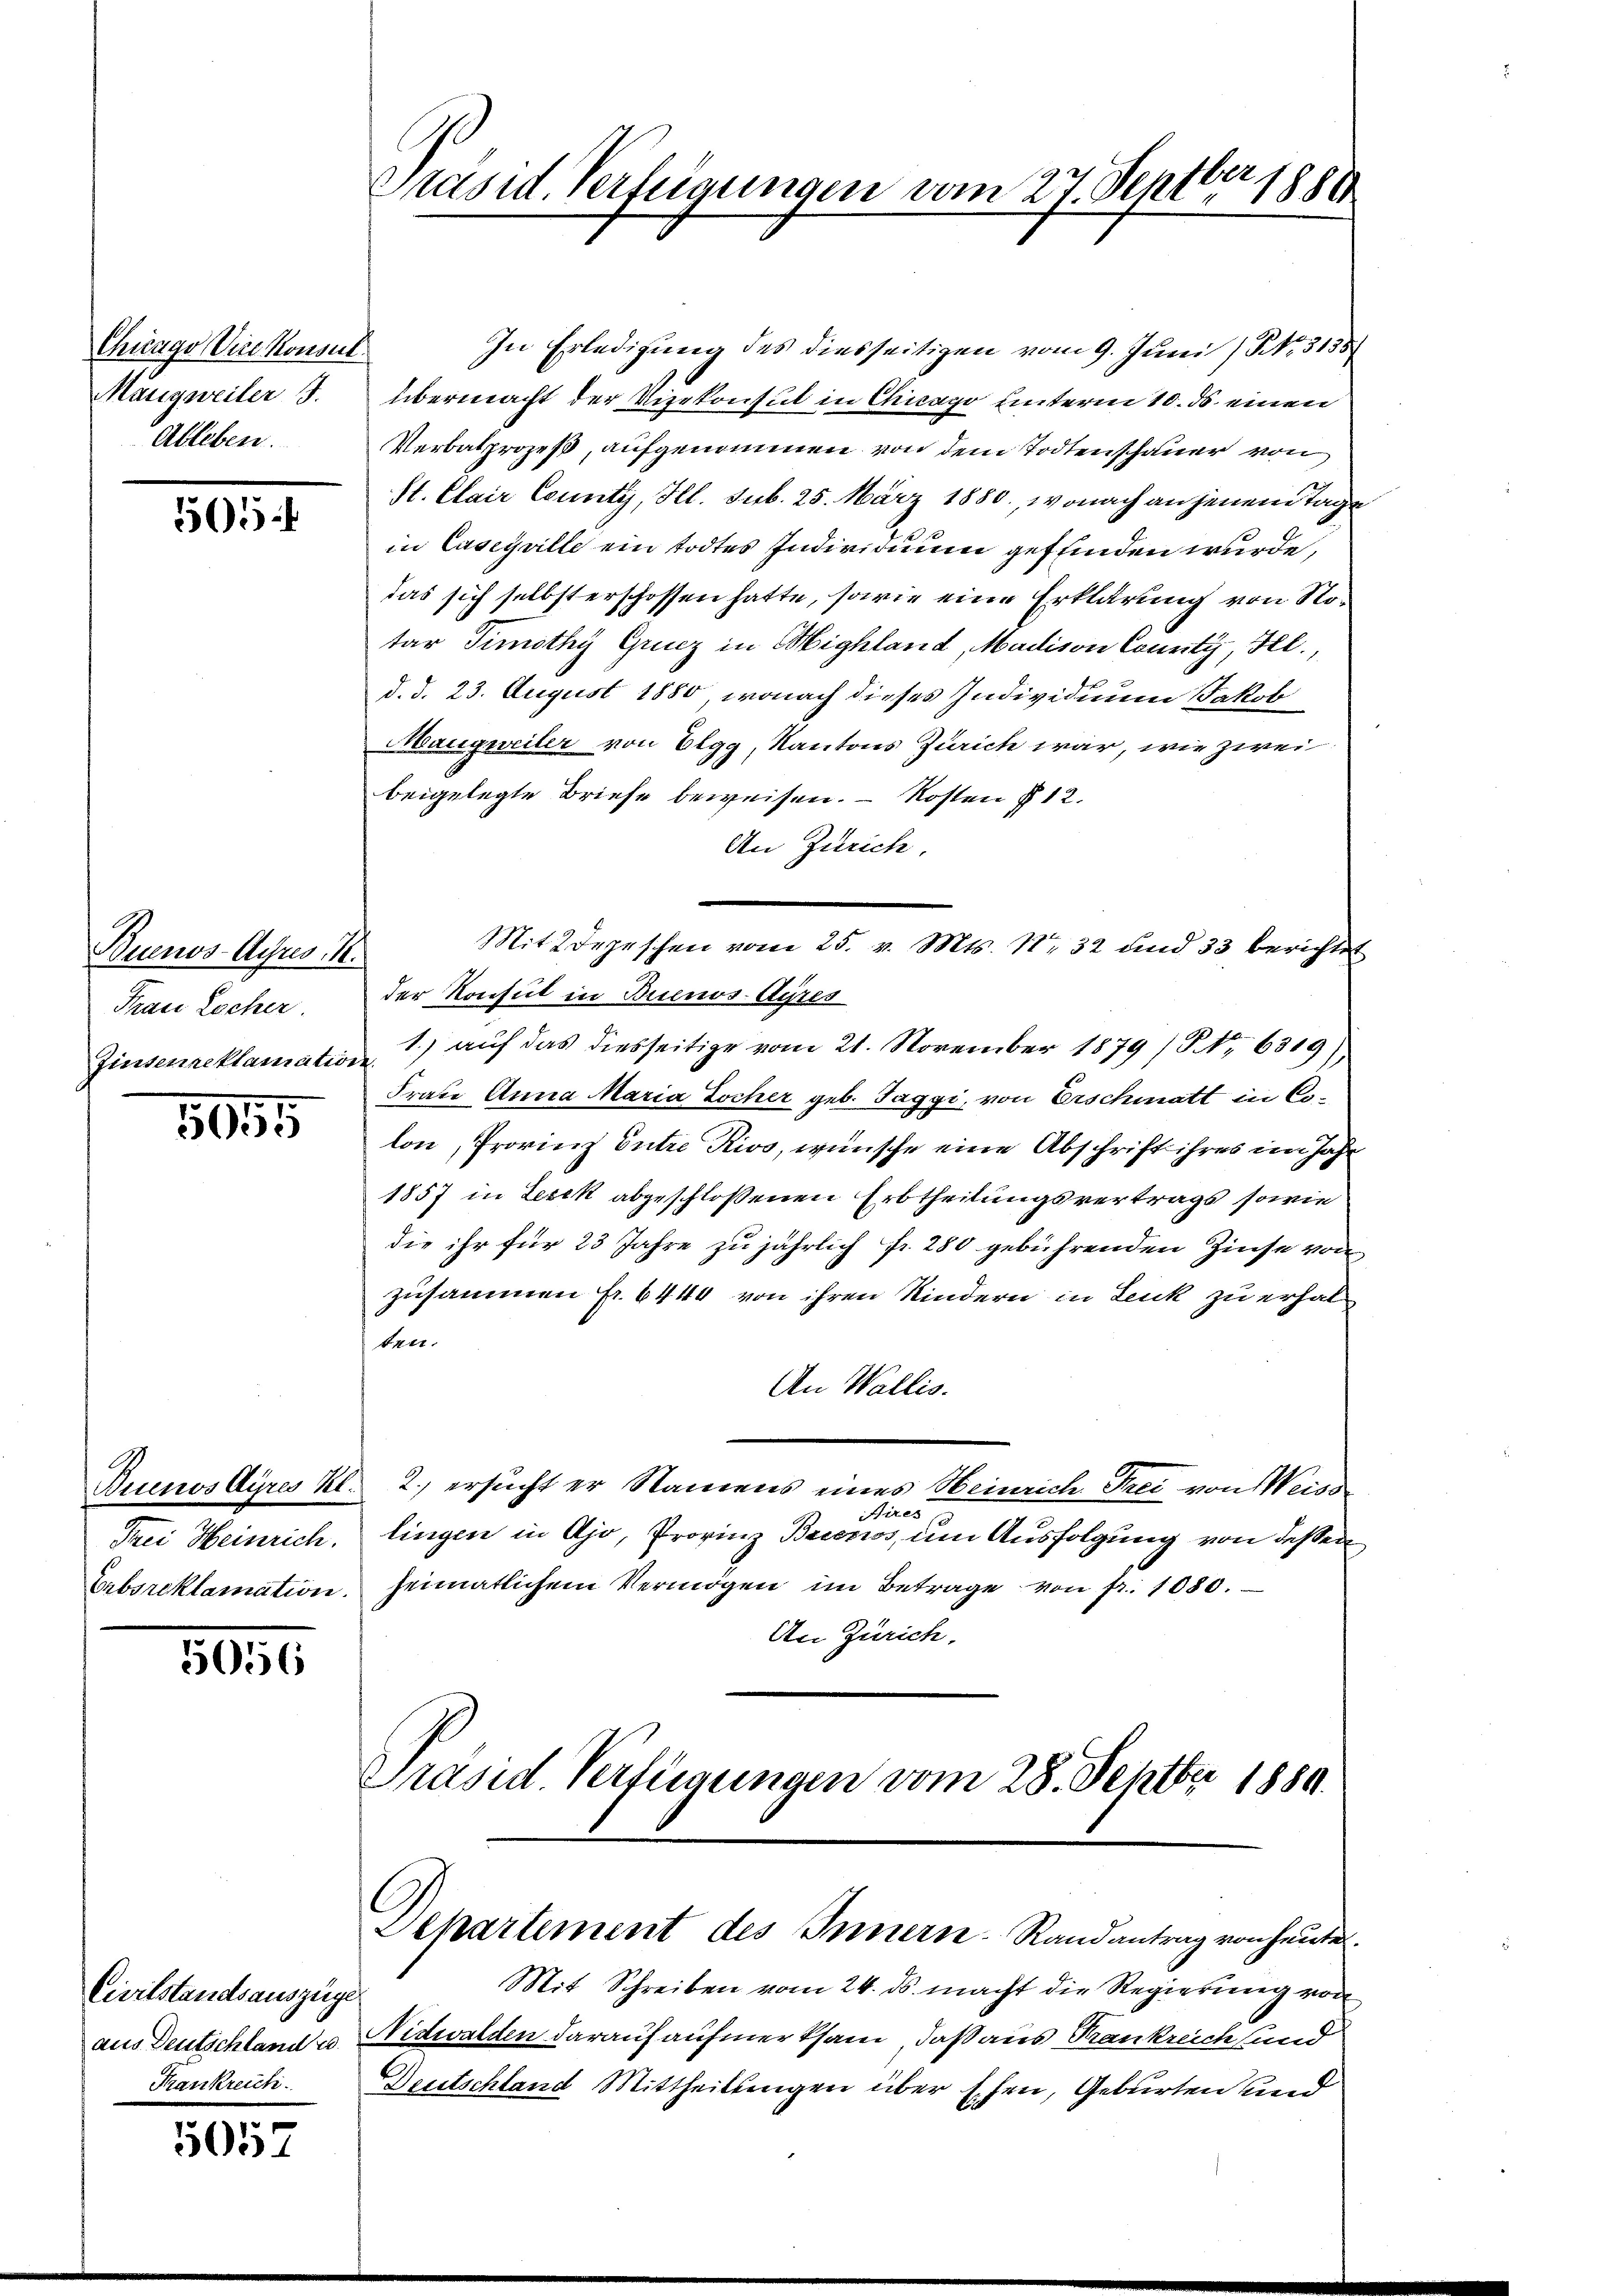
Chicago Vice Konsul
Maugweiler J.
Ableben.

565

Buenos-Ayres K.
Frau Locher.
Zinsenreklamation

5055

Quenos Ayres Kt.
Frei Heinrich.
Crbsreklamation.

5056

Civilstandsauszüge
Krankreich.

057

Präsid. Verfügungen vom 27 Septber 1880

In Erledigung des diesseitigen vom 9. Juni / N. 3135
übermacht der Vizekonsul in Chicago unterm 10. ds. einen
Verbalprozeß, aufgenommen von dem Todtenschauer von
St. Clair County, Ill. sub. 25. März 1880, wonach an jenem Tage
in Caseguille ein todtes Individuum gefunden wurde,
das sich selbst erschossen hatte, sowie eine Erklärung von Notar Timothy Grucz in Highland, Madison County, Hl.,
d. d. 23. August 1880, wonach dieses Individuum Jakob
Maugweiler von Elgg, Kantons Zürich war, wie zwei
beigelegte Briefe beweisen. – Kosten § 12.
An Zürich.
Mit 2 Depeschen vom 25. v. Mts. No 32 und 33 berichtet
der Konsul in Buenos-Ayres
1.) auf das diesseitige vom 21. November 1879 (S. 6319),
f.
Frate Anna Maria Locher geb. Taggi, von Erschiatt in C.
lon, Provinz Entre Rivo, wünsche eine Abschrift ihres im Jahr
1857 in Zesek abgeschlossenen Erbtheilungsvertrags sowie
die ihr für 23 Jahre zu jährlich fr. 280 gebührenden Zinse von
zusammen fr. 6440 von ihren Kindern in Leuk zu erhalten.
An Wallis.
2.) ersucht er Namens eines Heinrich Frei von Weiss
Aires
lingen in Ajo, Provinz Buenos, um Ausfolgung von dessen
heimatlichem Vermögen im Betrage von fr. 1080.
An Zürich.
Präsid. Vertigungen vom 28. Septbr 1889.
Departement des Innern Randantrag von heute.
Mit Schreiben vom 24. ds. macht die Regierung von
aus Deutschland u. Nidwalden darauf aufmerksam, daß aus Trankreich und
Deutschland Mittheilungen über Ehen, Geburten und